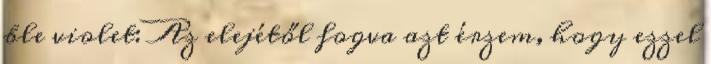
ble violet: Az elejétől fogva azt érzem, hogy ezzel